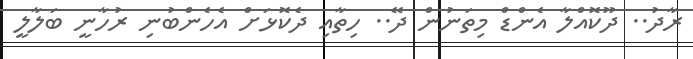
ރާދު.. ދޫކޮއްލާ އެންޑް މިތަނުން ދޭ.. ހިތާއި ދެކޮޅަށް އެހެންބުނި ރުހާނީ ބަލާލީ